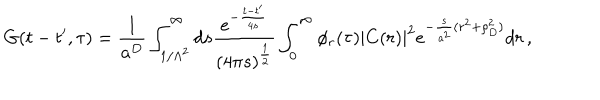
G ( t - t ^ { \prime } , \tau ) = \frac { 1 } { a ^ { D } } \int _ { 1 / \Lambda ^ { 2 } } ^ { \infty } d s \frac { e ^ { - \frac { t - t ^ { \prime } } { 4 s } } } { ( 4 \pi s ) ^ { \frac { 1 } { 2 } } } \int _ { 0 } ^ { \infty } \phi _ { r } ( \tau ) | C ( r ) | ^ { 2 } e ^ { - \frac { s } { a ^ { 2 } } ( r ^ { 2 } + \rho _ { D } ^ { 2 } ) } d r \, ,